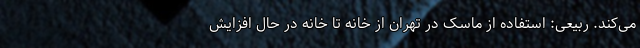
می‌کند. ربیعی: استفاده از ماسک در تهران از خانه تا خانه در حال افزایش